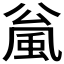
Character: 𫖻